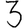
Digit: 3